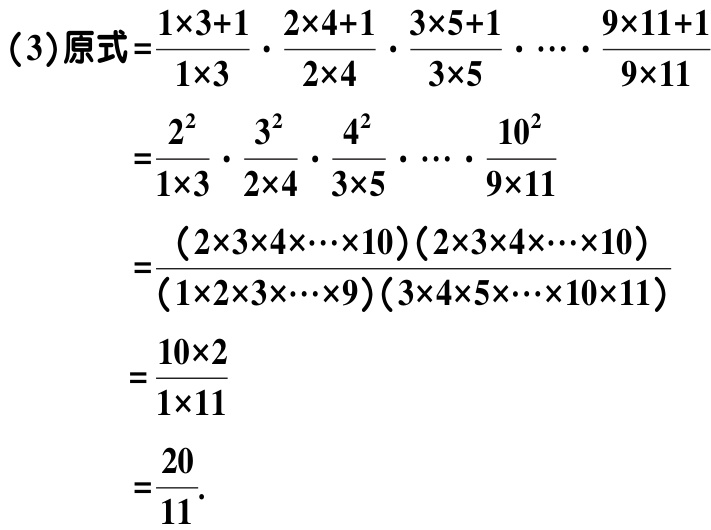
\[
\begin{align*}
(3)\text{原式}&=\frac{1\times3 + 1}{1\times3}\cdot\frac{2\times4 + 1}{2\times4}\cdot\frac{3\times5 + 1}{3\times5}\cdots\cdot\frac{9\times11 + 1}{9\times11}\\
&=\frac{2^{2}}{1\times3}\cdot\frac{3^{2}}{2\times4}\cdot\frac{4^{2}}{3\times5}\cdots\cdot\frac{10^{2}}{9\times11}\\
&=\frac{(2\times3\times4\cdots\times10)(2\times3\times4\cdots\times10)}{(1\times2\times3\cdots\times9)(3\times4\times5\cdots\times10\times11)}\\
&=\frac{10\times2}{1\times11}\\
&=\frac{20}{11}.
\end{align*}
\]